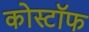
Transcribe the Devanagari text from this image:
कोस्टॉफ